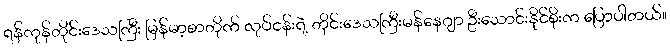
ရန်ကုန်တိုင်းဒေသကြီး မြန်မာ့စာတိုက် လုပ်ငန်းရဲ့ တိုင်းဒေသကြီးမန်နေဂျာ ဦးသောင်းနိုင်စိုးက ပြောပါတယ်။